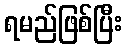
ရမည်ဖြစ်ပြီး